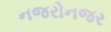
નજરોનજર